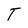
Character: T